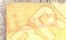
حسنا